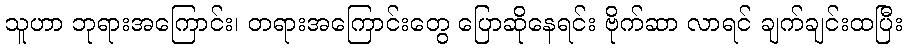
သူဟာ ဘုရားအကြောင်း၊ တရားအကြောင်းတွေ ပြောဆိုနေရင်း ဗိုက်ဆာ လာရင် ချက်ချင်းထပြီး